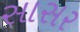
સાસર